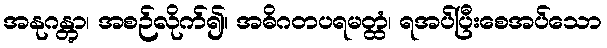
အနုဂန္တွာ၊ အစဉ်လိုက်၍။ အဓိဂတပရမတ္ထံ၊ ရအပ်ပြီးစေအပ်သော